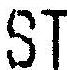
ST